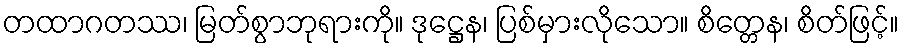
တထာဂတဿ၊ မြတ်စွာဘုရားကို။ ဒုဋ္ဌေန၊ ပြစ်မှားလိုသော။ စိတ္တေန၊ စိတ်ဖြင့်။